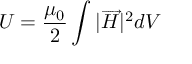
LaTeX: U = { \frac { \mu _ { 0 } } { 2 } } \int { | { \overrightarrow { H } } | ^ { 2 } d V }